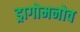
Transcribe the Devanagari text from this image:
ड्रागोमनोव